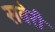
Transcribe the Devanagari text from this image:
सबेरी